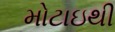
મોટાઇથી